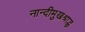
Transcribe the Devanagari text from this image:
नान्दीमुखश्राद्ध